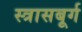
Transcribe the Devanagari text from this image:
स्त्रासबूर्ग